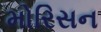
મોરિસન